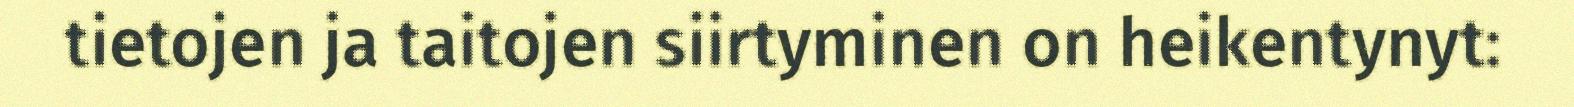
tietojen ja taitojen siirtyminen on heikentynyt: